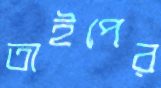
তাইপের